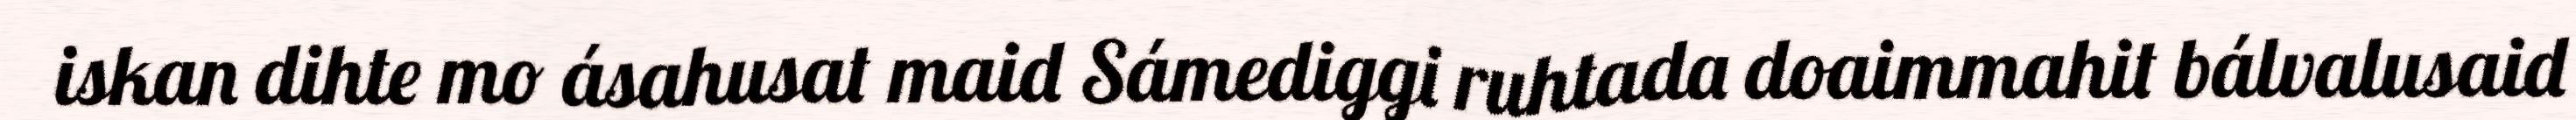
iskan dihte mo ásahusat maid Sámediggi ruhtada doaimmahit bálvalusaid